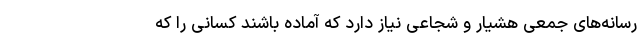
رسانه‌های جمعی هشیار و شجاعی نیاز دارد که آماده باشند کسانی را که